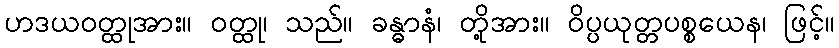
ဟဒယဝတ္ထုအား။ ဝတ္ထု၊ သည်။ ခန္ဓာနံ၊ တို့အား။ ဝိပ္ပယုတ္တပစ္စယေန၊ ဖြင့်။